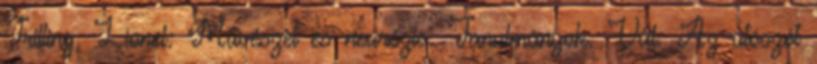
Trilling, Lionel: Művészet és neurózis. Tanulmányok. Vál. Az utószót